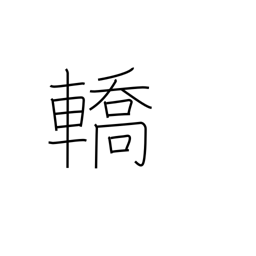
Meaning: litter